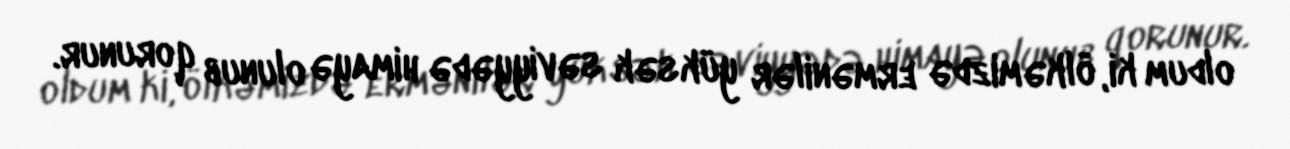
oldum ki, ölkəmizdə ermənilər yüksək səviyyədə himayə olunub qorunur.